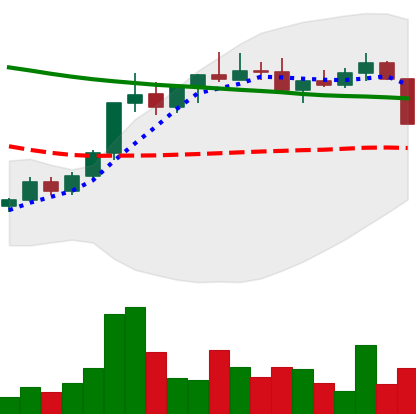
Ticker: ADA-USD
Chart end date: 2022-04-06
Forward return: -12.569%
Label: down_7plus